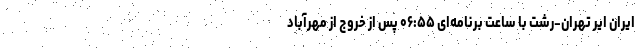
ایران ایر تهران-رشت با ساعت برنامه‌ای ۰۶:۵۵ پس از خروج از مهرآباد